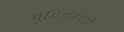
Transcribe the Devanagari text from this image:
भूमिगतपणे